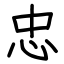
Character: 忠